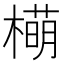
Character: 橗